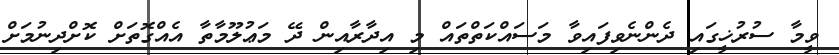
ވީމާ ސުރުޚީގައި ދެންނެވިފައިވާ މަސައްކަތްތައް މި އިދާރާއިން ދޭ މަޢުލޫމާތާ އެއްގޮތަށް ކޮށްދިނުމަށް